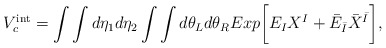
\begin{align*}V^{\rm int}_c=\int\int d\eta_1 d\eta_2\int\int d\theta_L d\theta_R Exp\biggl[E_I X^I + {\bar E}_{\bar I}{\bar X}^{\bar I}\biggr],\end{align*}